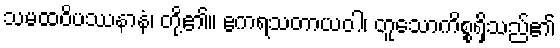
သမထဝိပဿနာနံ၊ တို့၏။ ဧကရသတာယဝါ၊ တူသောကိစ္စရှိသည်၏